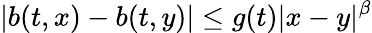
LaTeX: |b(t,x)-b(t,y)|\leq g(t)|x-y|^{\beta}